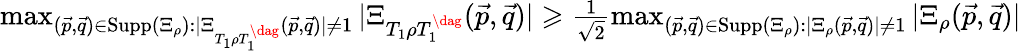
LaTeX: \begin{array}{r}{\operatorname*{max}_{(\vec{p},\vec{q})\in\mathrm{Supp}(\Xi_{\rho}):|\Xi_{T_{1}\rho T_{1}^{\dag}}(\vec{p},\vec{q})|\neq 1}|\Xi_{T_{1}\rho T_{1}^{\dag}}(\vec{p},\vec{q})|\geqslant\frac{1}{\sqrt{2}}\operatorname*{max}_{(\vec{p},\vec{q})\in\mathrm{Supp}(\Xi_{\rho}):|\Xi_{\rho}(\vec{p},\vec{q})|\neq 1}|\Xi_{\rho}(\vec{p},\vec{q})|}\end{array}